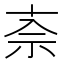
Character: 𫀂